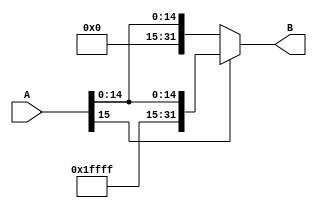
module sgnExt16(input[15:0] A, output[31:0] B);
  assign B = A[15]? {16'b1111111111111111,A} : {16'b0,A};
endmodule